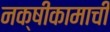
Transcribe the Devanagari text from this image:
नक्षीकामाची